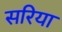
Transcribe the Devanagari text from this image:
सरिया